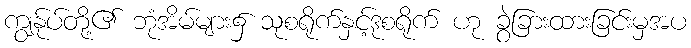
ကျွန်ုပ်တို့၏ ဘုံအိမ်များ၌ သုစရိုက်နှင့်ဒုစရိုက် ဟု ခွဲခြားထားခြင်းမှအပ